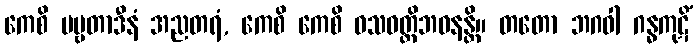
ကေစိ ပဗ္ဗတာဒီနံ အညတရံ, ကေစိ ကေစိ ဝသဝတ္တိဘဝနန္တိ။ တတော ဘဂဝါ ဂန္ဓကုဋိံ